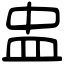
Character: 盅